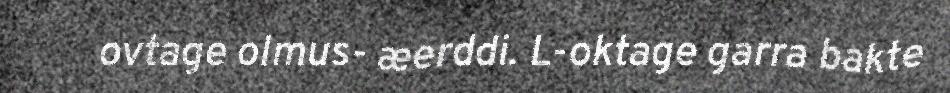
ovtage olmus- æerddi. L-oktage garra bakte